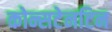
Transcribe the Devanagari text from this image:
कोन्सटेनटिन